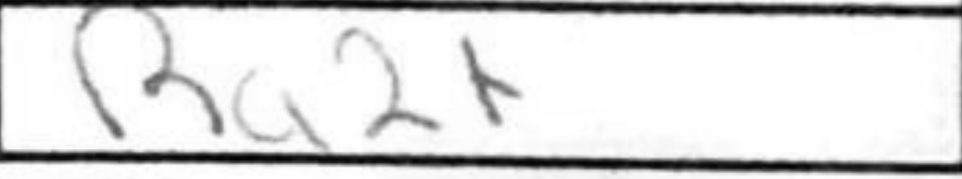
Transcription: Ra2+